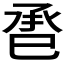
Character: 𢀾